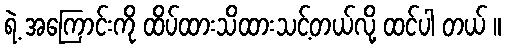
ရဲ့ အကြောင်းကို ထိပ်ထားသိထားသင့်တယ်လို့ ထင်ပါ တယ် ။